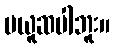
မယူဆပါဘူး။